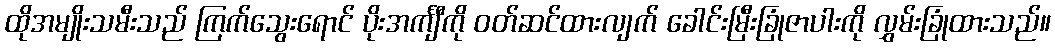
ထိုအမျိုးသမီးသည် ကြက်သွေးရောင် ပိုးအင်္ကျီကို ဝတ်ဆင်ထားလျက် ခေါင်းမြီးခြုံဇာပါးကို လွှမ်းခြုံထားသည်။